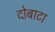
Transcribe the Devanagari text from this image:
दोबाटा